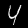
Label: 4